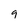
Character: g